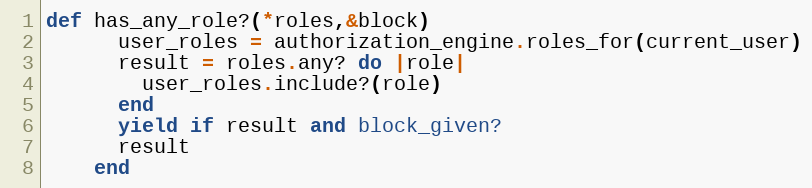
Language: Ruby
def has_any_role?(*roles,&block)
      user_roles = authorization_engine.roles_for(current_user)
      result = roles.any? do |role|
        user_roles.include?(role)
      end
      yield if result and block_given?
      result
    end